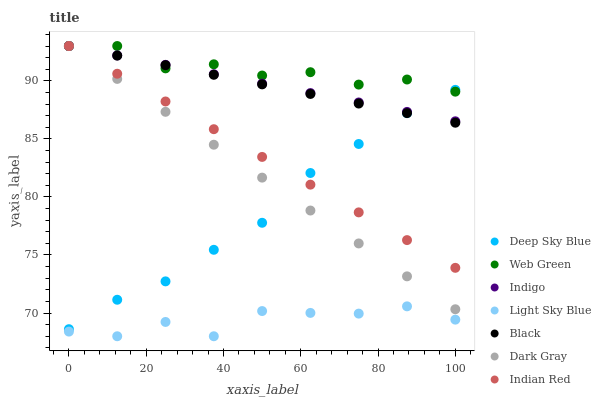
| xaxis_label | Deep Sky Blue | Web Green | Indigo | Light Sky Blue | Black | Dark Gray | Indian Red |
 | --- | --- | --- | --- | --- | --- | --- | --- |
 | 0 | 68.6 | 93 | 93 | 68.4 | 93 | 93 | 93 |
 | 12.5 | 71.1 | 93 | 92.2 | 68 | 92.2 | 90.2 | 90.6 |
 | 25 | 72.7 | 91.1 | 91.4 | 69.2 | 91.3 | 87.3 | 88.2 |
 | 37.5 | 75.4 | 91.4 | 90.6 | 68 | 90.5 | 84.5 | 85.8 |
 | 50 | 77.8 | 90.5 | 89.8 | 70.2 | 89.7 | 81.7 | 83.4 |
 | 62.5 | 82.1 | 90.7 | 88.9 | 70 | 88.9 | 78.8 | 81.1 |
 | 75 | 84.6 | 89.7 | 88.1 | 69.9 | 88 | 76 | 78.7 |
 | 87.5 | 87.2 | 90.1 | 87.3 | 70.6 | 87.2 | 73.2 | 76.3 |
 | 100 | 89.2 | 89.1 | 86.5 | 69.4 | 86.4 | 70.3 | 73.9 |